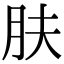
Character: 肤